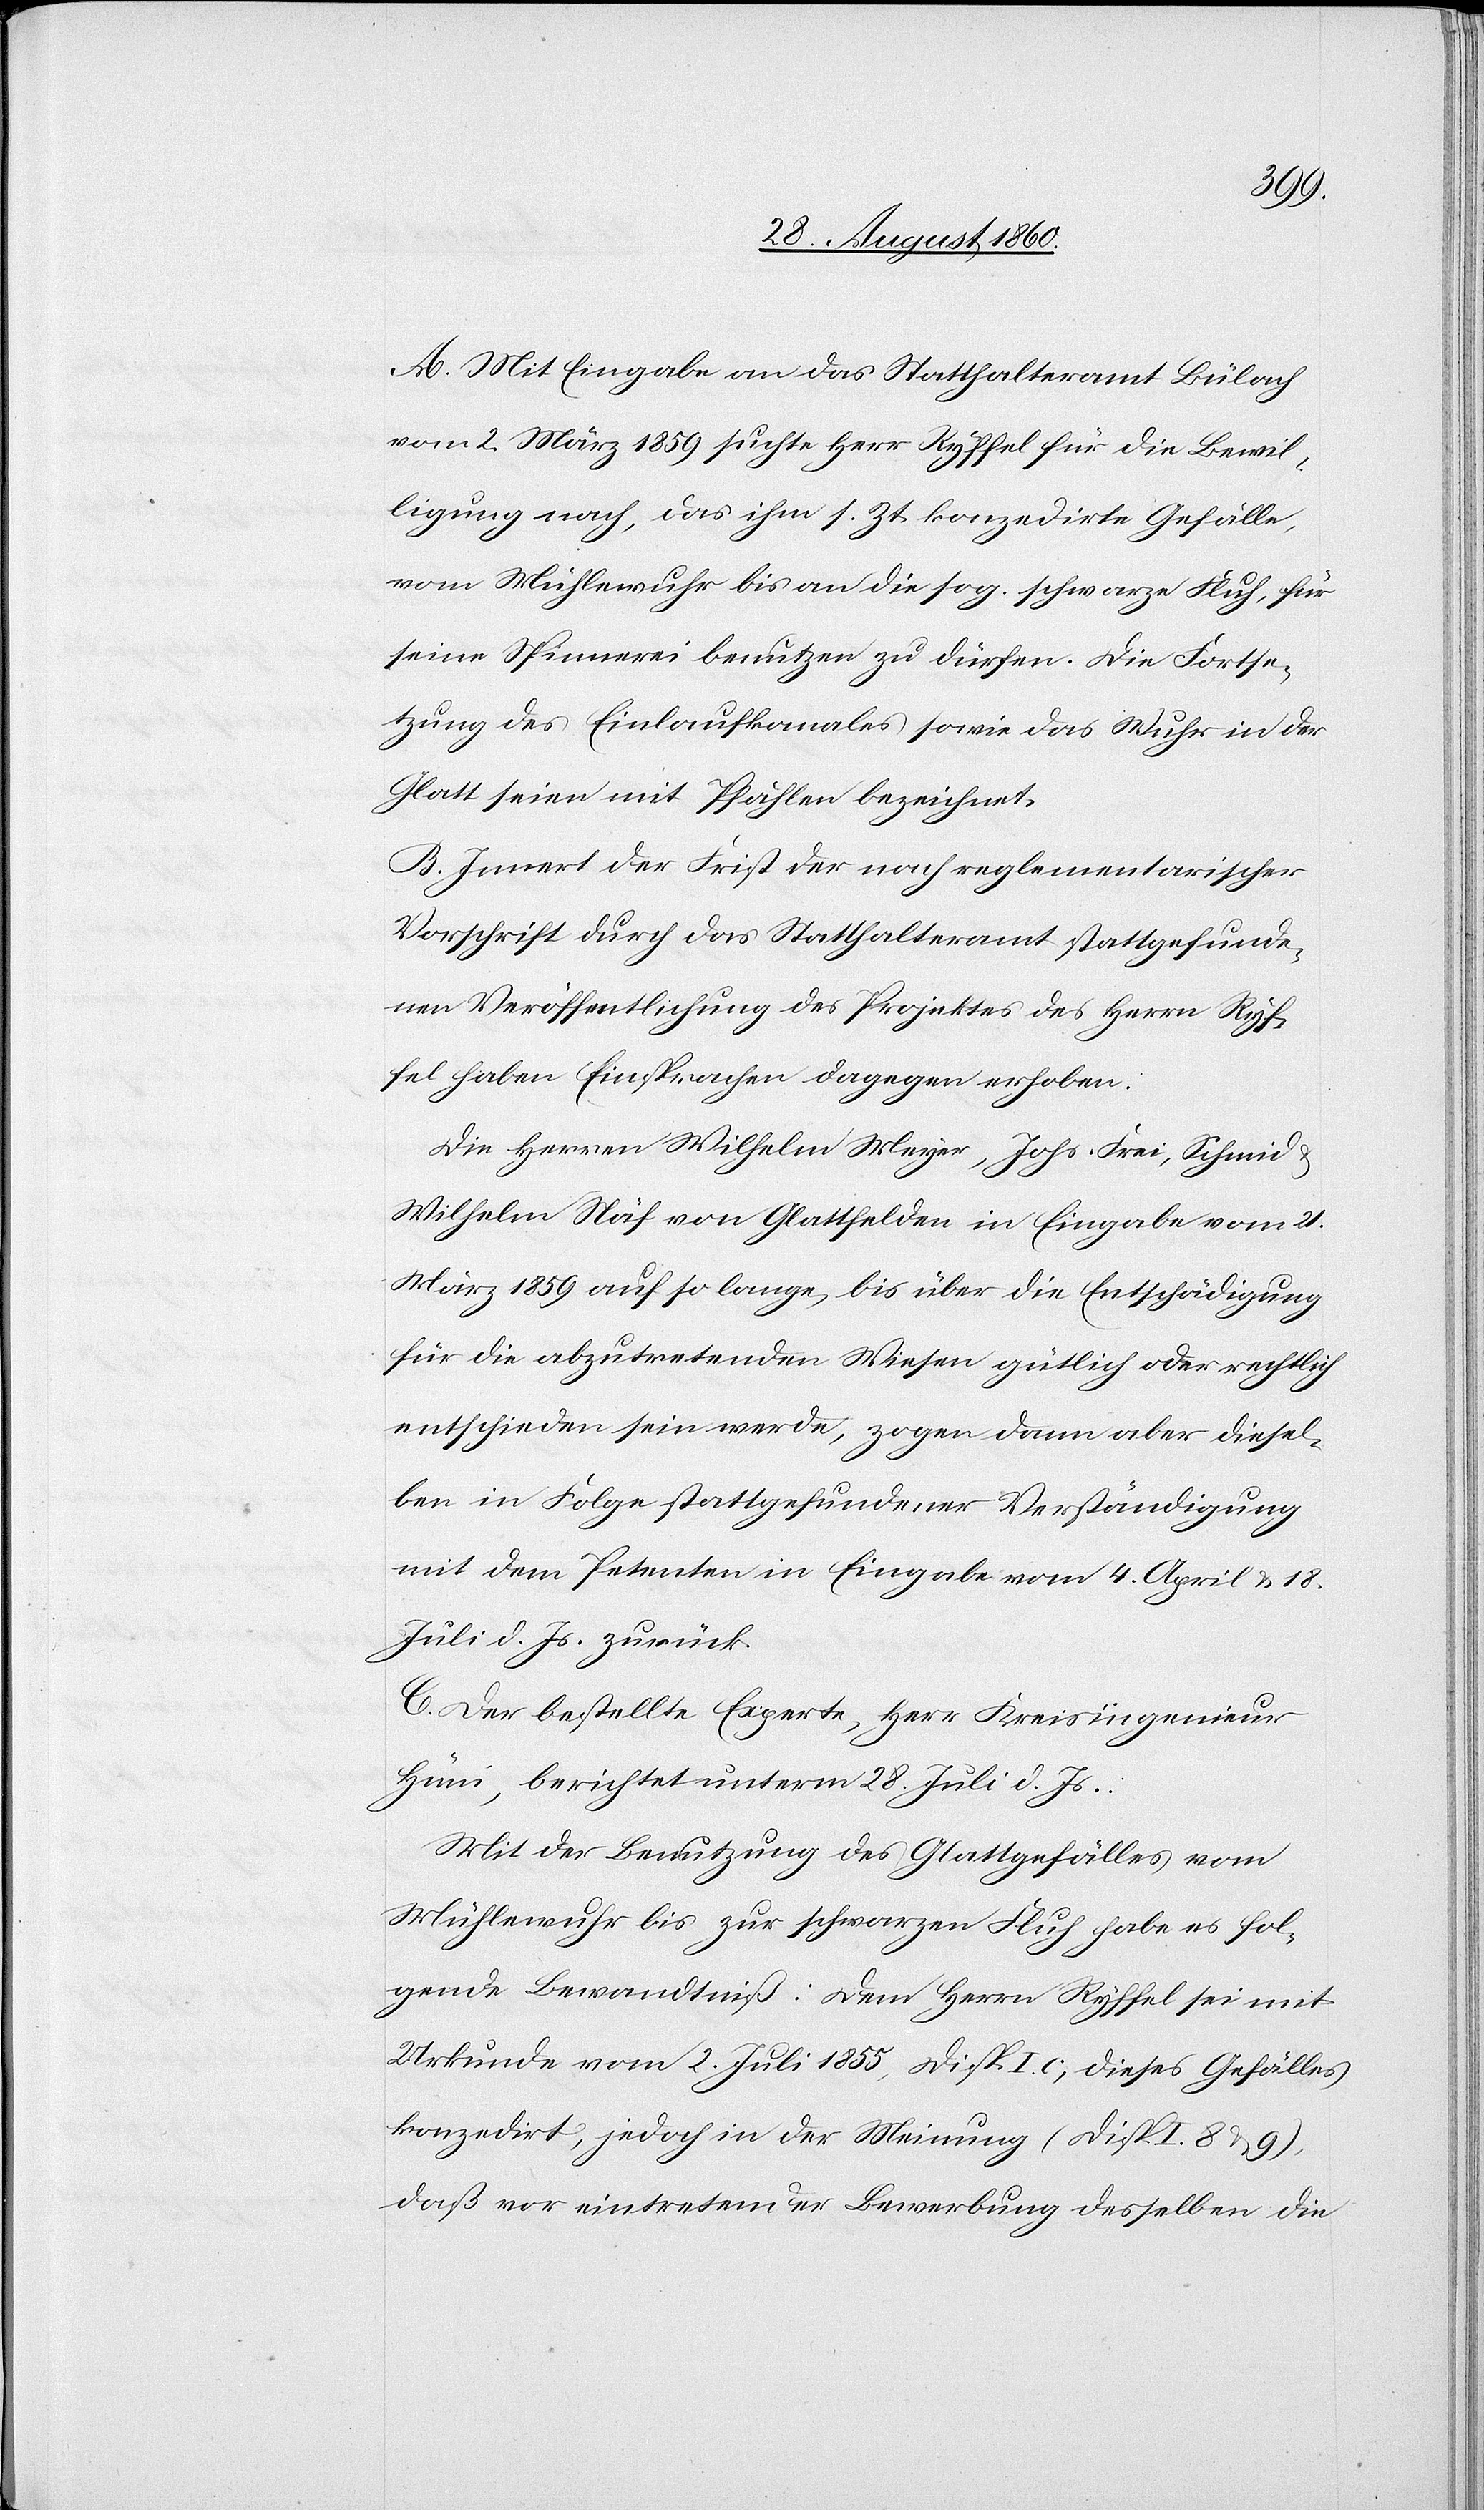
A. Mit Eingabe an das Statthalteramt Bülach
vom 2. März 1859 suchte Hr. Ryffel für die Bewil¬
ligung nach, das ihm sr. Zt. konzedirte Gefälle,
vom Mühlewuhr bis an die s. g. schwarze Fluh, für
seine Spinnerei benutzen zu dürfen. Die Festse¬
tzung des Einlaufskanales sowie das Wuhr in der
Glatt seien mit Pfählen bezeichnet.
B. Inner der Frist der nach reglementarischer
Vorschrift durch das Statthalteramt Statt gefunde¬
nen Veröffentlichung des Projektes des Hrn. Ryf¬
fel haben Einsprachen dagegen erhoben:
Die Hrn. Wilhelm Meier, Johs. Frei, Schmied,
Wilhelm Näf von Glattfelden in Eingabe vom 21.
März 1859, auf so lange, bis über die Entschädigung
für die abzutretenden Wiesen gütlich oder rechtlich
entschieden sein werde, zogen dann aber diesel¬
ben in Folge Statt gefundener Verständigung
mit dem Petenten in Eingaben vom 4. April u. 18.
Juli d. Js. zurück.
C. Der bestellte Experte, Hr. Kreisingenieur
Hüni berichtet unterm 28. Heumonat d. Js.:
Mit der Benutzung des Glattgefälles vom
Mühlewuhr bis zur schwarzen Fluh habe es fol¬
gende Bewandtniss: Dem Hrn. Ryffel sei mit
Urkunde vom 2. Juli 1855, Disp. I. c, dieses Gefälle
konzedirt, jedoch in der Meinung (Disp. I. 8 u.9),
dass vor eintretender Bewerbung desselben, die